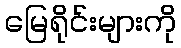
မြေရိုင်းများကို